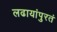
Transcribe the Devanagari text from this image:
लढायांपुरतं